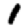
Digit: 1